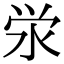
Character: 泶